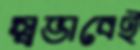
স্বভাবেই